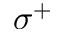
\sigma ^ { + }